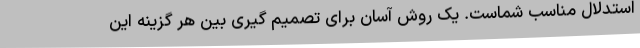
استدلال مناسب شماست. یک روش آسان برای تصمیم گیری بین هر گزینه این